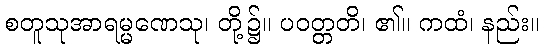
စတူသုအာရမ္မဏေသု၊ တို့၌။ ပဝတ္တတိ၊ ၏။ ကထံ၊ နည်း။